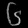
Digit: ၆